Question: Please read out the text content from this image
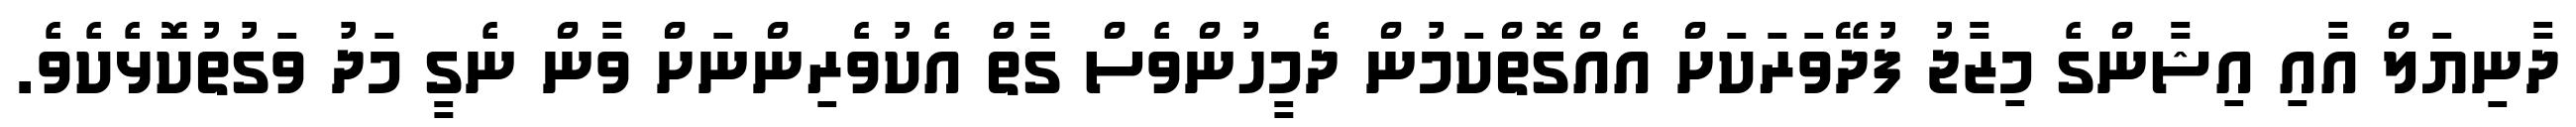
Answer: ދާނިޔަލް އާއި އިޝާންގެ މިޒާޖު ފުދޭވަރަކަށް އެއްގޮތްކަމުން ދެމީހުންވެސް ގާތް އެކުވެރިންނަށް ވާން ނެގީ މަދު ވަގުތުކޮޅެކެވެ.